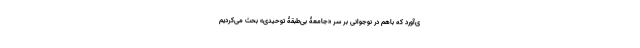
ی‌آورد که با‌هم در نوجوانی بر سر «جامعۀ بی‌طبقۀ توحیدی» بحث می‌کردیم